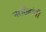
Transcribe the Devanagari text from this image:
नरसिहांनी